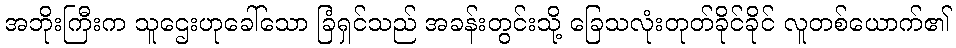
အဘိုးကြီးက သူဌေးဟုခေါ်သော ခြံရှင်သည် အခန်းတွင်းသို့ ခြေသလုံးတုတ်ခိုင်ခိုင် လူတစ်ယောက်၏